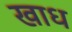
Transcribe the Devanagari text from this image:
खाध